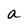
Character: a